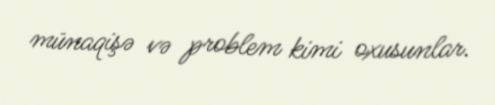
münaqişə və problem kimi oxusunlar.